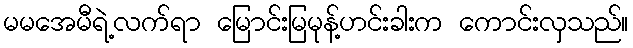
မမအေမီရဲ့လက်ရာ မြောင်းမြမုန့်ဟင်းခါးက ကောင်းလှသည်။